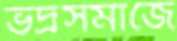
ভদ্রসমাজে